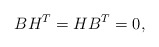
\begin{align*}BH^T=HB^T=0,\end{align*}